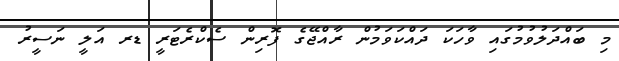
މި ބައްދަލުވުމުގައި ވާހަކަ ދައްކަވަމުން ރާއްޖޭގެ ފޮރިން ސެކްރެޓަރީ ޑރ އަލީ ނަސީރު